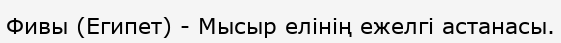
Фивы (Египет) - Мысыр елінің ежелгі астанасы.